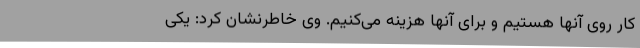
کار روی آنها هستیم و برای آنها هزینه می‌کنیم. وی خاطرنشان کرد: یکی